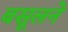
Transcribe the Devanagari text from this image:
बसूलने